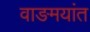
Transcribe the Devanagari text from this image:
वाङमयांत